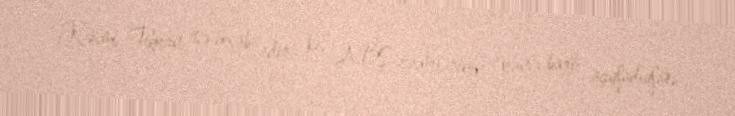
Rəsmi Tehran isə hesab edir ki, ABŞ rəsmilərinin İranla bağlı açıqladıqları